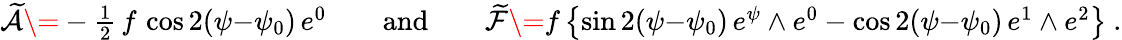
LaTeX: \begin{array}{r}{\mathcal{\widetilde{A}}\= -\frac 12\, f\, \cos 2(\psi{-}\psi_{0})\, e^{0}\qquad\mathrm{and}\qquad\mathcal{\widetilde{F}}\= f\, \bigl\{ \sin 2(\psi{-}\psi_{0})\, e^{\psi}\wedge e^{0}-\cos 2(\psi{-}\psi_{0})\, e^{1}\wedge e^{2}\big\} \ .}\end{array}